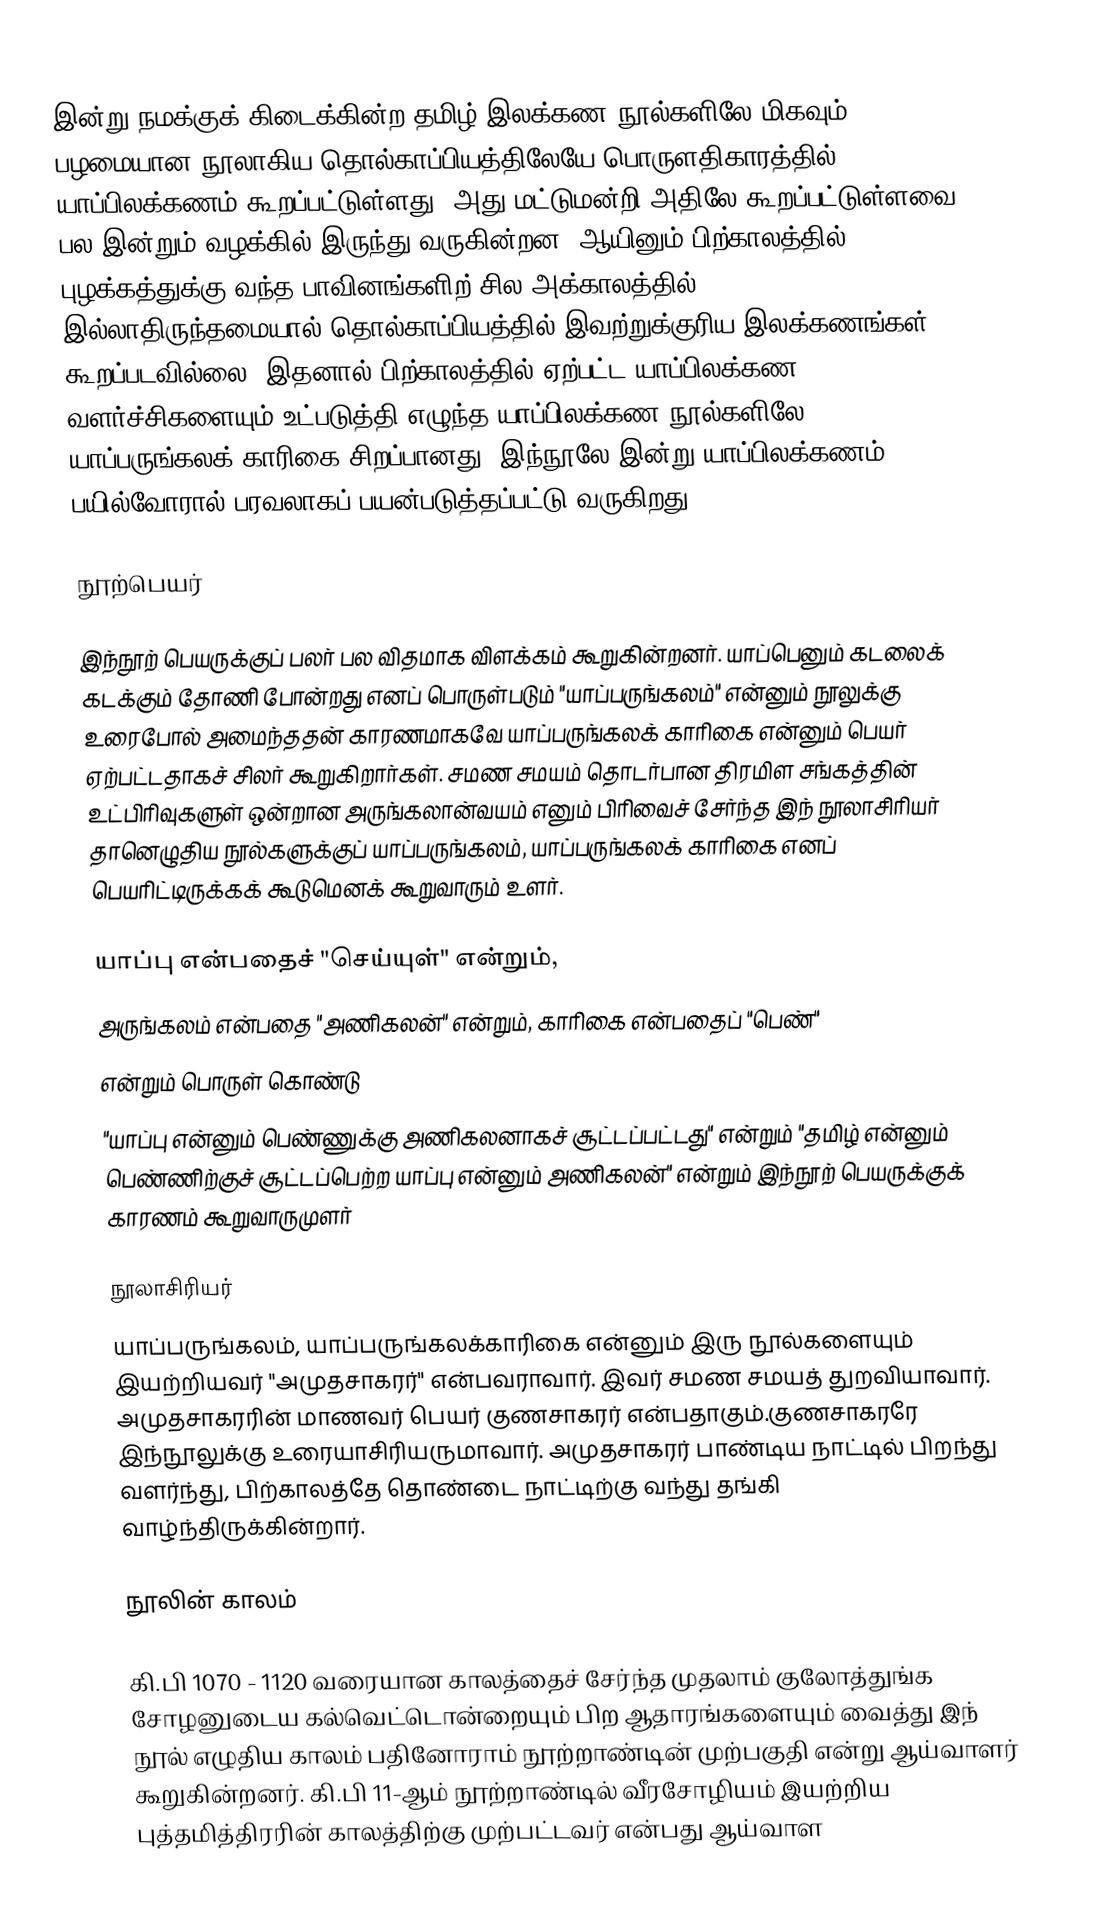
இன்று நமக்குக் கிடைக்கின்ற தமிழ் இலக்கண நூல்களிலே மிகவும் பழமையான நூலாகிய தொல்காப்பியத்திலேயே பொருளதிகாரத்தில் யாப்பிலக்கணம் கூறப்பட்டுள்ளது. அது மட்டுமன்றி அதிலே கூறப்பட்டுள்ளவை பல இன்றும் வழக்கில் இருந்து வருகின்றன. ஆயினும் பிற்காலத்தில் புழக்கத்துக்கு வந்த பாவினங்களிற் சில அக்காலத்தில் இல்லாதிருந்தமையால் தொல்காப்பியத்தில் இவற்றுக்குரிய இலக்கணங்கள் கூறப்படவில்லை. இதனால் பிற்காலத்தில் ஏற்பட்ட யாப்பிலக்கண வளர்ச்சிகளையும் உட்படுத்தி எழுந்த யாப்பிலக்கண நூல்களிலே யாப்பருங்கலக் காரிகை சிறப்பானது. இந்நூலே இன்று யாப்பிலக்கணம் பயில்வோரால் பரவலாகப் பயன்படுத்தப்பட்டு வருகிறது.

நூற்பெயர்

இந்நூற் பெயருக்குப் பலர் பல விதமாக விளக்கம் கூறுகின்றனர். யாப்பெனும் கடலைக் கடக்கும்  தோணி போன்றது எனப் பொருள்படும் "யாப்பருங்கலம்" என்னும் நூலுக்கு உரைபோல் அமைந்ததன் காரணமாகவே யாப்பருங்கலக் காரிகை என்னும் பெயர் ஏற்பட்டதாகச் சிலர் கூறுகிறார்கள்.  சமண சமயம் தொடர்பான திரமிள சங்கத்தின் உட்பிரிவுகளுள் ஒன்றான அருங்கலான்வயம் எனும் பிரிவைச் சேர்ந்த இந் நூலாசிரியர் தானெழுதிய நூல்களுக்குப் யாப்பருங்கலம், யாப்பருங்கலக் காரிகை எனப் பெயரிட்டிருக்கக் கூடுமெனக் கூறுவாரும் உளர்.

யாப்பு என்பதைச் "செய்யுள்" என்றும்,
அருங்கலம் என்பதை "அணிகலன்" என்றும், காரிகை என்பதைப் "பெண்"
என்றும் பொருள் கொண்டு
"யாப்பு என்னும் பெண்ணுக்கு அணிகலனாகச் சூட்டப்பட்டது" என்றும் "தமிழ் என்னும் பெண்ணிற்குச் சூட்டப்பெற்ற யாப்பு என்னும் அணிகலன்" என்றும் இந்நூற் பெயருக்குக் காரணம் கூறுவாருமுளர்

நூலாசிரியர்
யாப்பருங்கலம், யாப்பருங்கலக்காரிகை என்னும் இரு நூல்களையும் இயற்றியவர் "அமுதசாகரர்" என்பவராவார். இவர் சமண சமயத் துறவியாவார். அமுதசாகரரின் மாணவர் பெயர் குணசாகரர் என்பதாகும்.குணசாகரரே இந்நூலுக்கு உரையாசிரியருமாவார். அமுதசாகரர் பாண்டிய நாட்டில் பிறந்து வளர்ந்து, பிற்காலத்தே தொண்டை நாட்டிற்கு வந்து தங்கி வாழ்ந்திருக்கின்றார்.

நூலின் காலம்

கி.பி 1070 - 1120 வரையான காலத்தைச் சேர்ந்த முதலாம் குலோத்துங்க சோழனுடைய கல்வெட்டொன்றையும் பிற ஆதாரங்களையும் வைத்து இந் நூல் எழுதிய காலம் பதினோராம் நூற்றாண்டின் முற்பகுதி என்று ஆய்வாளர் கூறுகின்றனர். கி.பி 11-ஆம் நூற்றாண்டில் வீரசோழியம் இயற்றிய புத்தமித்திரரின் காலத்திற்கு முற்பட்டவர் என்பது ஆய்வாள